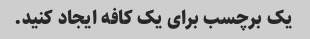
یک برچسب برای یک کافه ایجاد کنید.